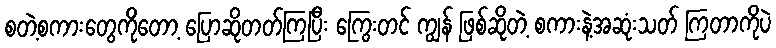
စတဲ့စကားတွေကိုတော့ ပြောဆိုတတ်ကြပြီး ကြွေးတင် ကျွန် ဖြစ်ဆိုတဲ့ စကားနဲ့အဆုံးသတ် ကြတာကိုပဲ